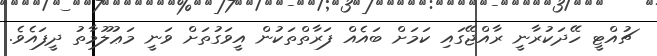
ޗުއްޓީ ހޭދަކުރާނީ ރާއްޖޭގައި ކަމަށް ބައެއް ފަރާތްތަކުން އީވަގުތަށް ވަނީ މަޢުލޫމާތު ދީފައެވެ.